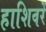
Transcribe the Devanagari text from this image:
हाशिवरें